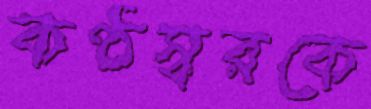
কণ্ঠস্বরকে